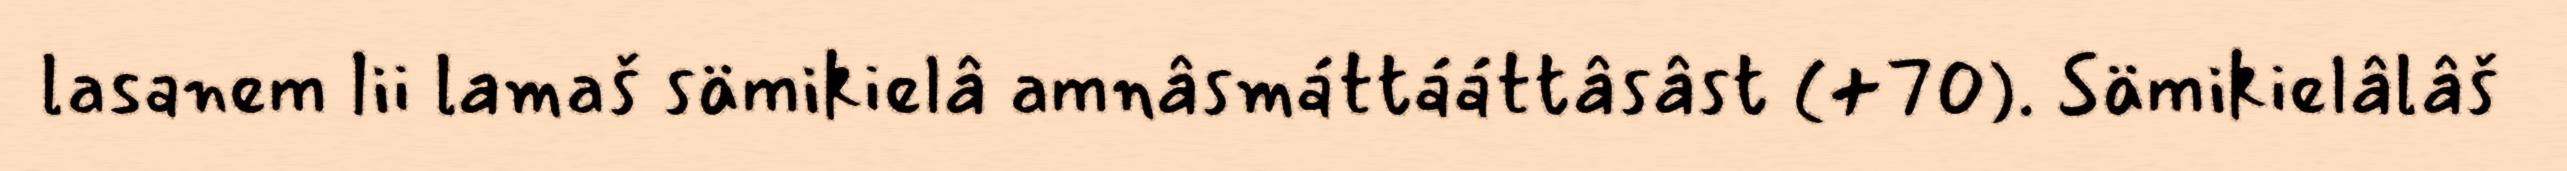
lasanem lii lamaš sämikielâ amnâsmáttááttâsâst (+70). Sämikielâlâš